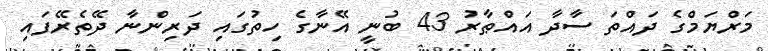
މަރްޔަމްގެ ދައްތަ ސާދާ އައްޠާރު 43 ބުނީ އޭނާގެ ހިތުގައި ދަރިންނާ ދޭތެރޭފައި